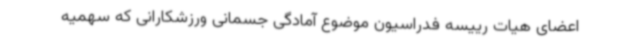
اعضای هیات رییسه فدراسیون موضوع آمادگی جسمانی ورزشکارانی که سهمیه